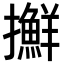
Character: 𢹛